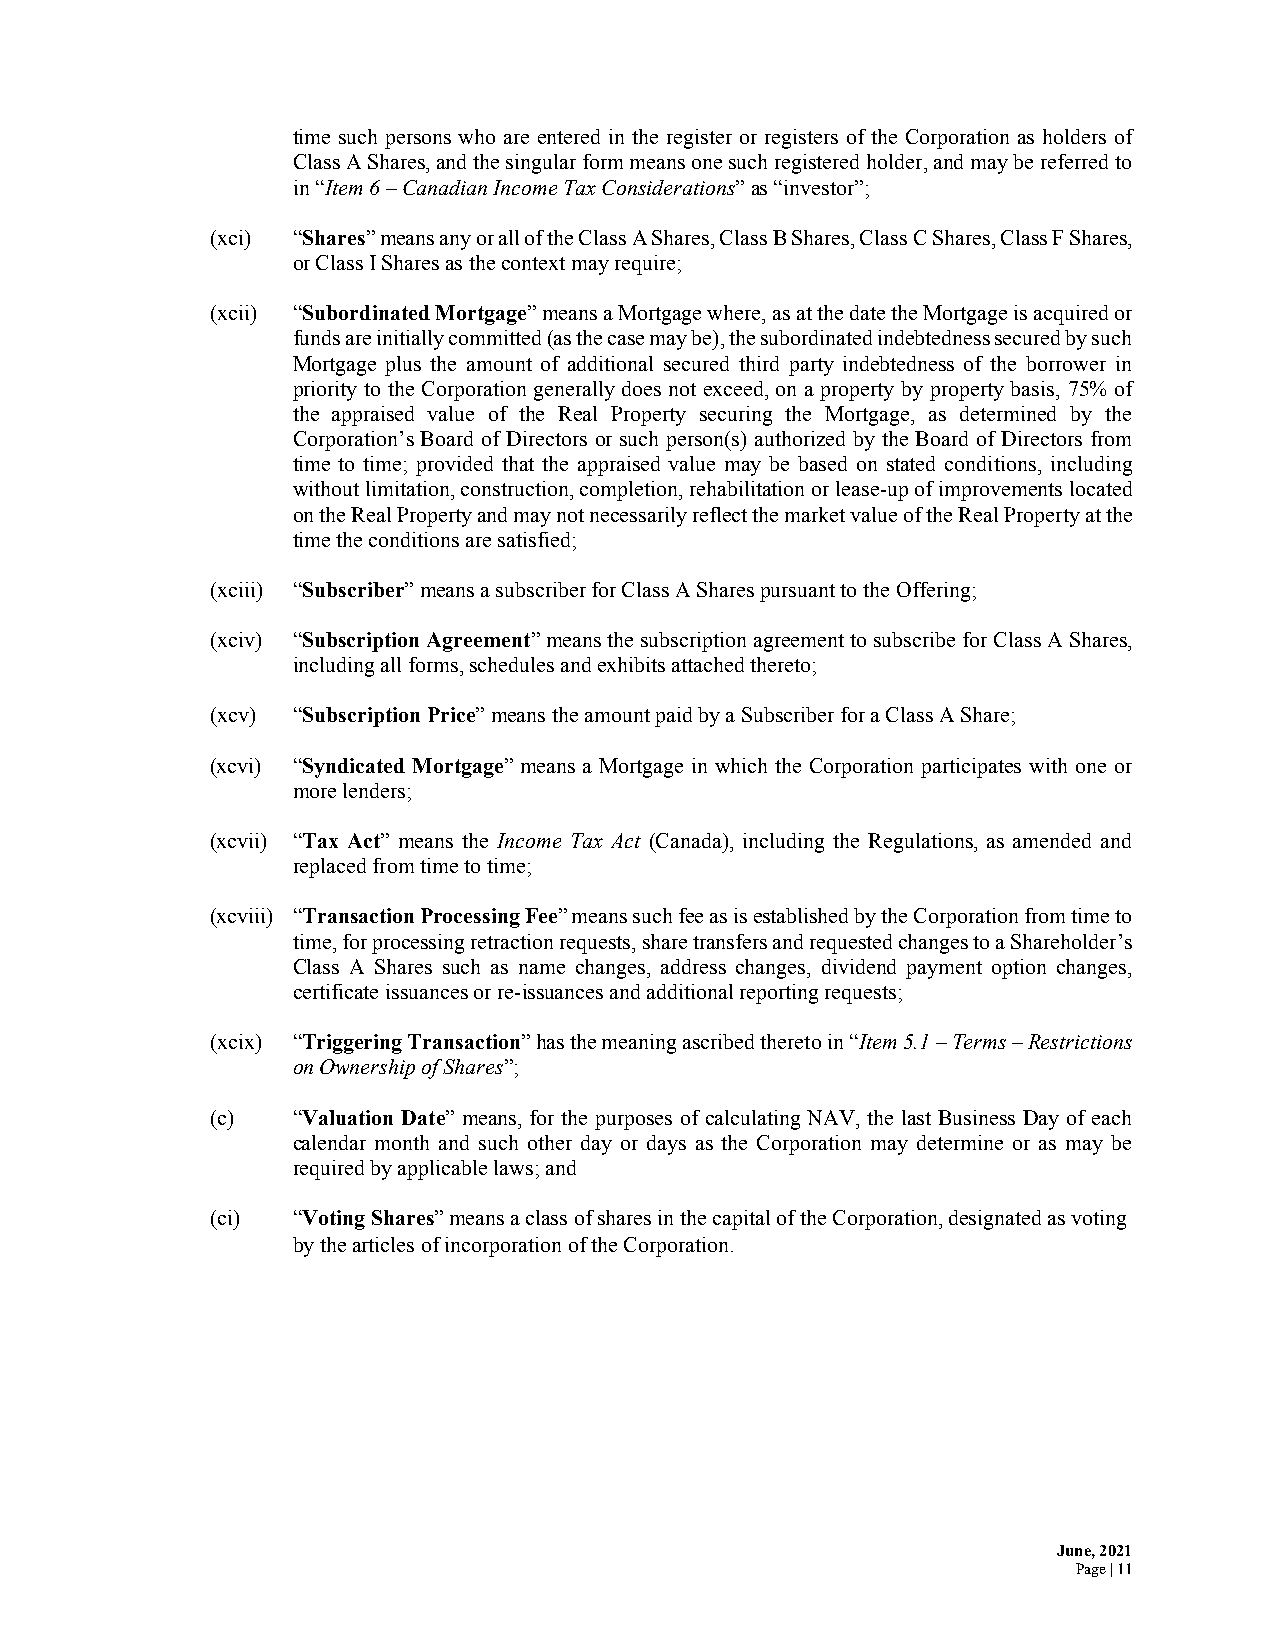
time such persons who are entered in the register or registers of the Corporation as holders of
 Class A Shares, and the singular form means one such registered holder, and may be referred to
 in “Item 6 – Canadian Income Tax Considerations” as “investor”;
 (xci) “Shares” means any or all of the Class A Shares, Class B Shares, Class C Shares, Class F Shares,
 or Class I Shares as the context may require;
 (xcii) “Subordinated Mortgage” means a Mortgage where, as at the date the Mortgage is acquired or
 funds are initially committed (as the case may be), the subordinated indebtedness secured by such
 Mortgage plus the amount of additional secured third party indebtedness of the borrower in
 priority to the Corporation generally does not exceed, on a property by property basis, 75% of
 the appraised value of the Real Property securing the Mortgage, as determined by the
 Corporation’s Board of Directors or such person(s) authorized by the Board of Directors from
 time to time; provided that the appraised value may be based on stated conditions, including
 without limitation, construction, completion, rehabilitation or lease-up of improvements located
 on the Real Property and may not necessarily reflect the market value of the Real Property at the
 time the conditions are satisfied;
 (xciii) “Subscriber” means a subscriber for Class A Shares pursuant to the Offering;
 (xciv) “Subscription Agreement” means the subscription agreement to subscribe for Class A Shares,
 including all forms, schedules and exhibits attached thereto;
 (xcv) “Subscription Price” means the amount paid by a Subscriber for a Class A Share;
 (xcvi) “Syndicated Mortgage” means a Mortgage in which the Corporation participates with one or
 more lenders;
 (xcvii) “Tax Act” means the Income Tax Act (Canada), including the Regulations, as amended and
 replaced from time to time;
 (xcviii) “Transaction Processing Fee” means such fee as is established by the Corporation from time to
 time, for processing retraction requests, share transfers and requested changes to a Shareholder’s
 Class A Shares such as name changes, address changes, dividend payment option changes,
 certificate issuances or re-issuances and additional reporting requests;
 (xcix) “Triggering Transaction” has the meaning ascribed thereto in “Item 5.1 – Terms – Restrictions
 on Ownership of Shares”;
 (c)  “Valuation Date” means, for the purposes of calculating NAV, the last Business Day of each
 calendar month and such other day or days as the Corporation may determine or as may be
 required by applicable laws; and
 (ci) “Voting Shares” means a class of shares in the capital of the Corporation, designated as voting
 by the articles of incorporation of the Corporation.
 June, 2021
 Page | 11